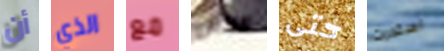
أن الذي مع الناس حتى استدرت